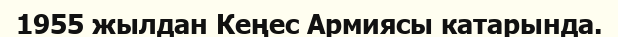
1955 жылдан Кеңес Армиясы катарында.